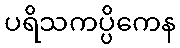
ပရိသကပ္ပိကေန